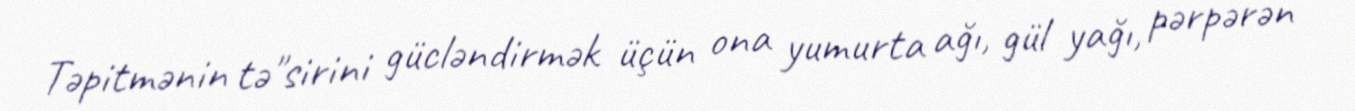
Təpitmənin tə"sirini gücləndirmək üçün ona yumurta ağı, gül yağı, pərpərən